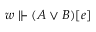
w \Vdash ( A \lor B ) [ e ]